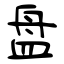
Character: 盘